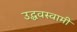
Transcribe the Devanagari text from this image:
उद्धवस्वामी